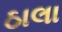
ઠાલા